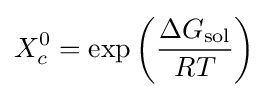
X_{c}^{0}=\exp \left({\frac {\Delta G_{\text{sol}}}{RT}}\right)